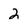
Character: 2